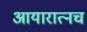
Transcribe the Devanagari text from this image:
आयारात्नच